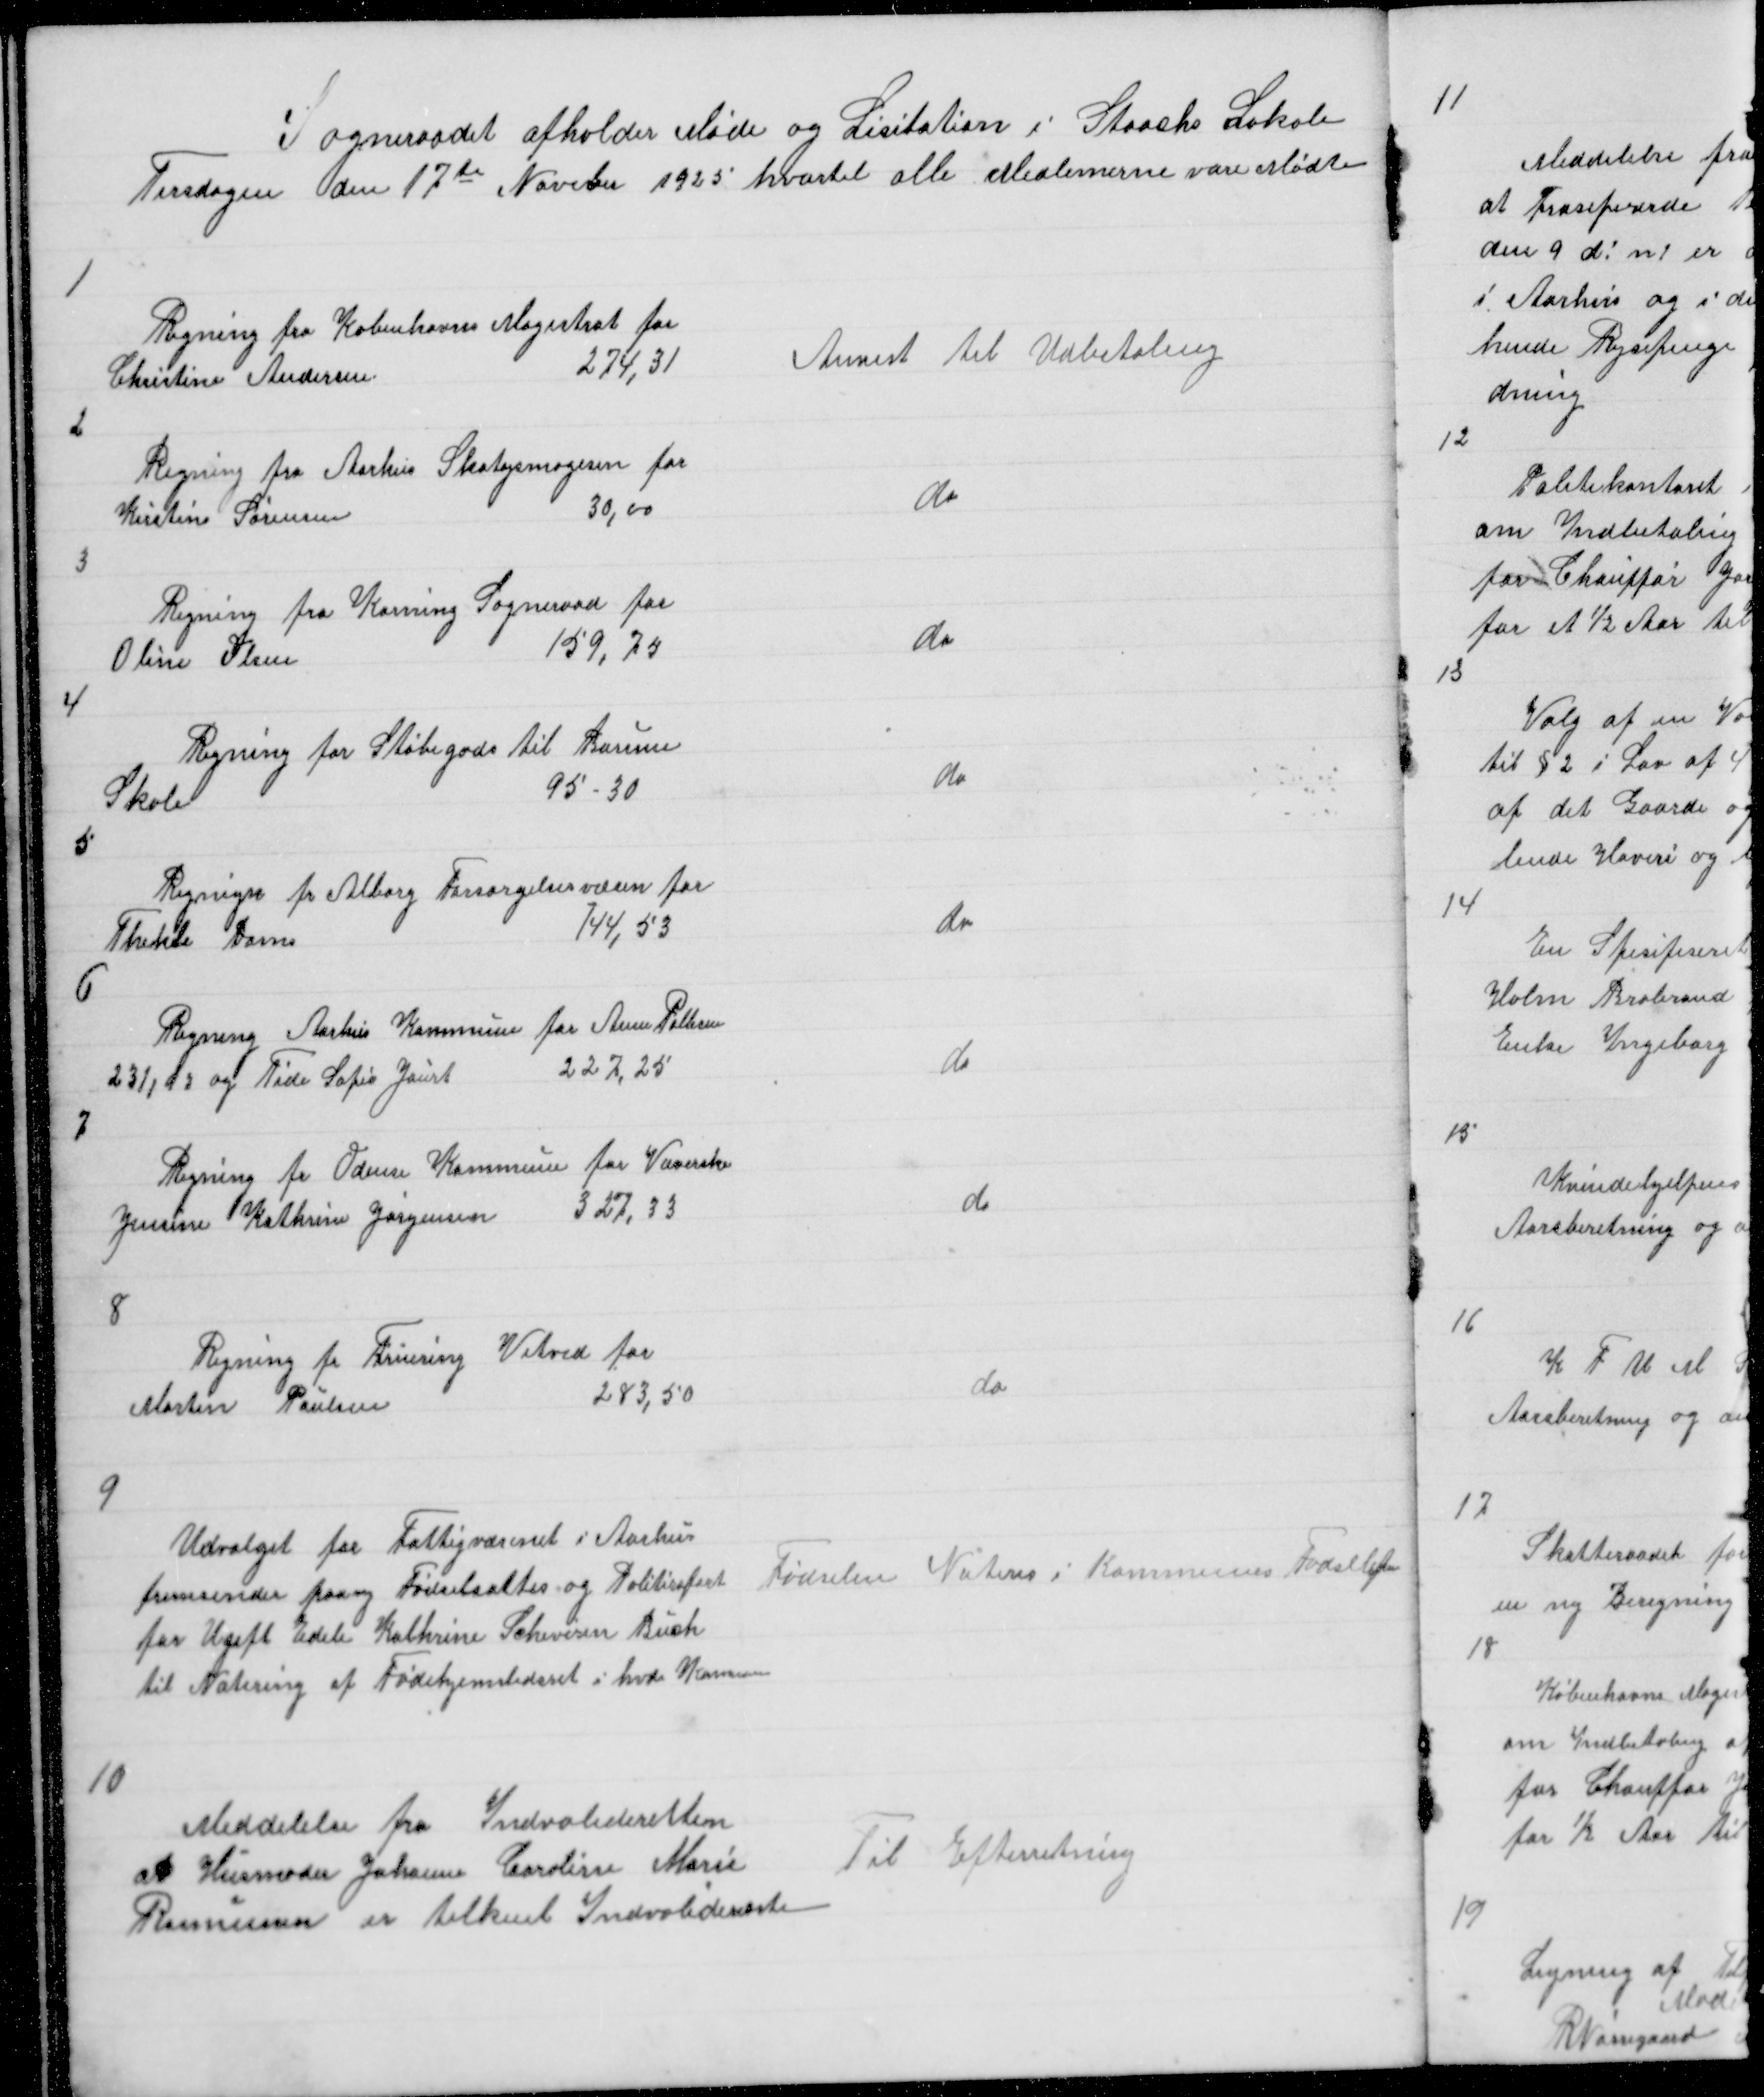
Transskription:
Sogneraadet afholder Møde og Lisitation i Staacks Lokale
Tirsdagen den 17te Noveber 1925 hvortil alle Medlemerne vare Mødte

1

Regning fra Københavns Magistrat for
Christine Andersen
274,31

Anvist til Udbetaling

2

Regning fra Aarhus Skotøjsmagesin for
Kirstine Sørensen
30,00

do

3

Regning fra Korning Sogneraad for
Oline Olsen
159,75

do

4

Regning for Støbegods til Borum
Skole
95 - 30

do

5

Regnign fr Alborg Forsørgelsesvæsen for
Thekle Dam
144,53

do

6

Regning Aarhus Kommune for Anne Pallesen
231,93 og Tide Sofie Jaurt
227,25

do

7

Regning fr Odense Kommune for Væverske
Jensine Kathrine Jørgensen
327,33

do

8

Regning fra Fruering Vitved for
Morten Poulsen
283,50

do

9

Udvalget for Fattigvæsenet i Aarhus
fremsender paany Fødselsattes og Politiraport
Fødslen Noteres i Kommunens Fødselspr
for Ugift Edele Kathrine Scheverin Buch
til Notering af Fødehjemstedsset i hvde Kommune

10

Meddelelse fra Indvalideretten
at Husmoder Johanne Caroline Marie
Til Efterretning
Rasmussen er tilkent Indvaliderente